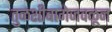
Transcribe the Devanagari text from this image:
तुळशीबागेजवळून